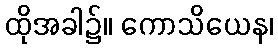
ထိုအခါ၌။ ကောသိယေန၊